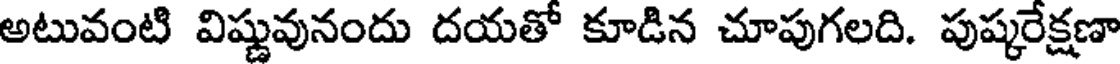
అటువంటి విష్ణువునందు దయతో కూడిన చూపుగలది. పుష్కరేక్షణా